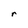
Character: r